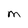
Character: M